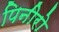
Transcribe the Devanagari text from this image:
पिनीरो